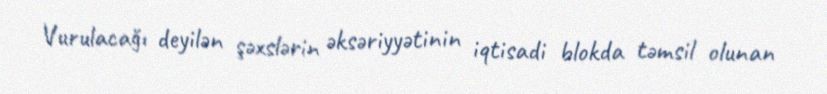
Vurulacağı deyilən şəxslərin əksəriyyətinin iqtisadi blokda təmsil olunan